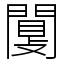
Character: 闅